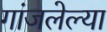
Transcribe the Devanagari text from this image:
गांजलेल्या